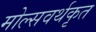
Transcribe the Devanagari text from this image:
मोल्सवर्थकृत